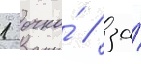
1 очко́ / за́